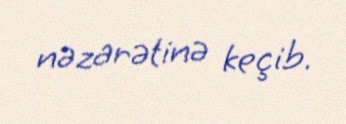
nəzarətinə keçib.